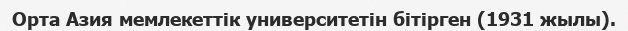
Орта Азия мемлекеттік университетін бітірген (1931 жылы).